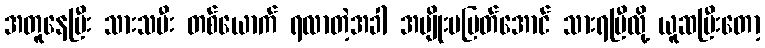
အတူနေပြီး သားသမီး တစ်ယောက် ရလာတဲ့အခါ အမျိုးမပြတ်အောင် သားရပြီလို့ ယူဆပြီးတော့